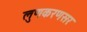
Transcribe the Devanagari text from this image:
लुणकरणसर